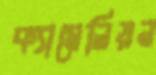
ক্যামেলিয়ন